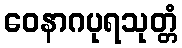
ဝေနာဂပုရသုတ္တံ